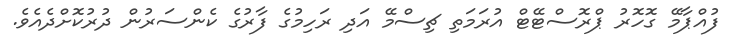
ފުއްޕާމޭ ގޮހޮރު ޕްރޮސްޓޭޓް އުރަމަތި ޗިސްމޭ އަދި ރަހިމުގެ ފާރުގެ ކެންސަރުން ދުރުކޮށްދެއެވެ.